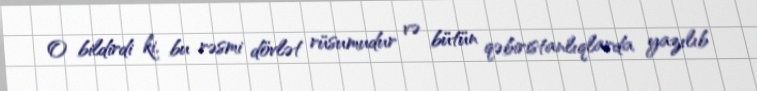
O bildirdi ki, bu rəsmi dövlət rüsumudur və bütün qəbiristanlıqlarda yazılıb